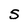
Character: 5